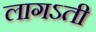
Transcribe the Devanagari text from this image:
लागऽती